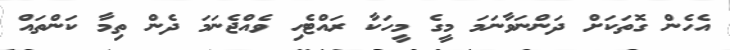
އެހެން ގޮތަކަށް ދަންނަވާނަމަ މީގެ މީހަކާ ރައްޓެހި ވެއްޖެނަމަ ދެން ތިމާ ކަންތައް